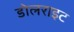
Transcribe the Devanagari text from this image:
डोलराइट